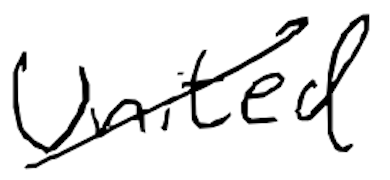
Text: United
Cross-out: mix
Writing tool: digital_black